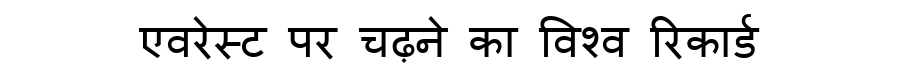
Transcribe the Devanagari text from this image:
एवरेस्ट पर चढ़ने का विश्व रिकार्ड